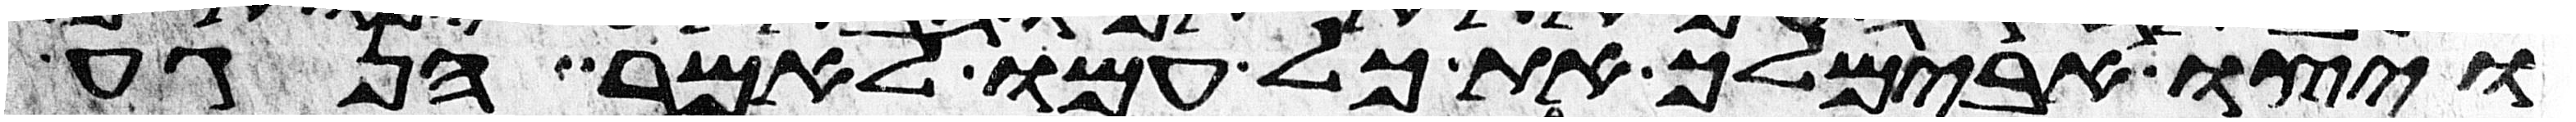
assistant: ויצו אבימלך את כל עמו לאמר הנגע